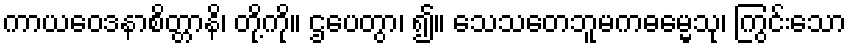
ကာယဝေဒနာစိတ္တာနိ၊ တို့ကို။ ဌပေတွာ၊ ၍။ သေသတေဘူမကဓမ္မေသု၊ ကြွင်းသော